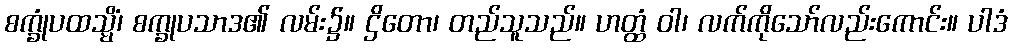
စက္ခုံပထသ္မိံ၊ စက္ခုပသာဒ၏ လမ်း၌။ ဌိတော၊ တည်သူသည်။ ဟတ္ထံ ဝါ၊ လက်ကိုသော်လည်းကောင်း။ ပါဒံ